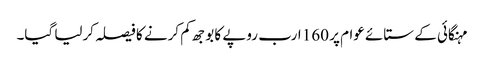
مہنگائی کے ستائے عوام پر 160 ارب روپے کا بوجھ کم کرنے کا فیصلہ کرلیا گیا۔